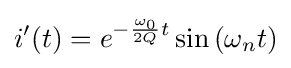
i'(t)=e^{-{\frac {\omega _{0}}{2Q}}t}\sin {(\omega _{n}t)}